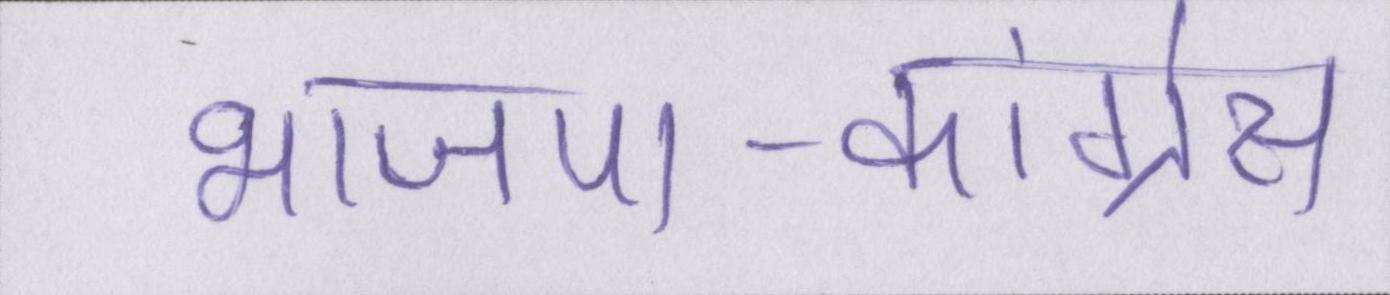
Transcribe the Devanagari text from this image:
भाजपा-कांग्रेस